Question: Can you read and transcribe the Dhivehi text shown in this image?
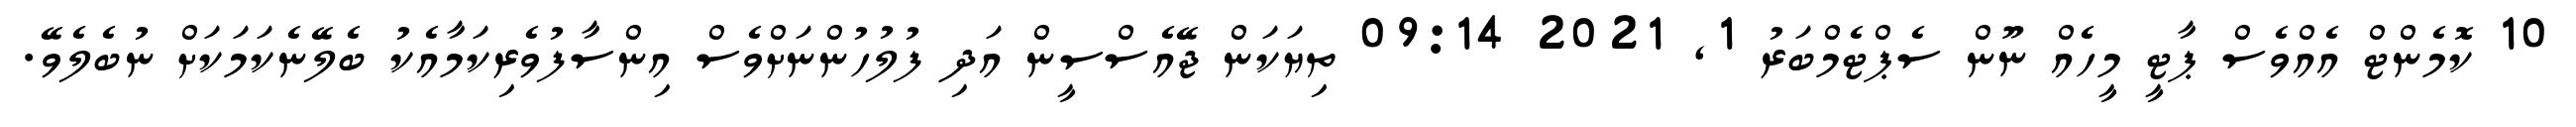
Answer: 10 ކޮމެންޓް އެއްވެސް ޕާޓީ މީހެއް ނޫން ސެޕްޓެމްބަރު 1, 2021 09:14 ތިޔަކަން ޖޭއެސްސީން އަދި ފުލުހުންނަށްވެސް އިންސާފުވެރިކަމާއެކު ބެލޭނެކަމަކަށް ނުބެލެވޭ.